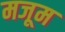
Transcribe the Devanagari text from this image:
मजूम